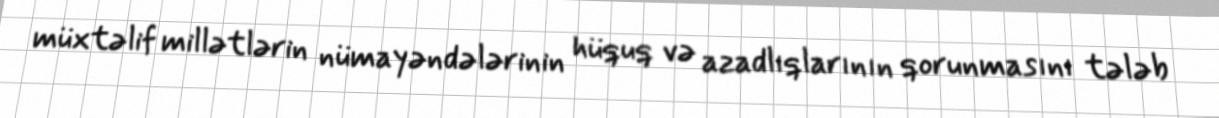
müxtəlif millətlərin nümayəndələrinin hüquq və azadlıqlarının qorunmasını tələb